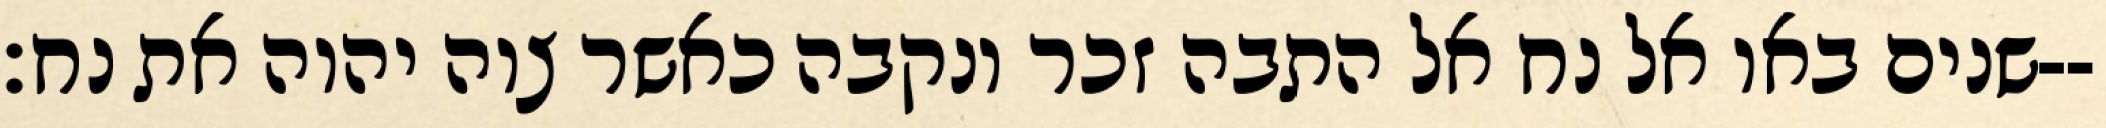
שנים באו אל נח אל התבה זכר ונקבה כאשר צוה יהוה את נח׃--